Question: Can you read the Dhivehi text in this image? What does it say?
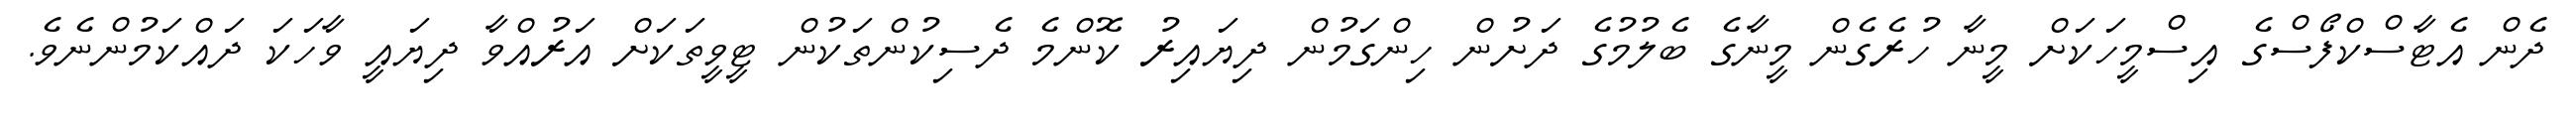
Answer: ދެން އެޓާސްކްފޯސްގެ އިސްމީހަކަށް މީނާ ހުރެގެން މީނާގެ ބެލުމުގެ ދަށުން ހިންގަމުން ދިޔައިރު ކޮންމެ ދެސިކުންތަކުން ޓީވީތަކަށް އަރުއްވާ ދިޔައީ ވާހަކަ ދައްކަމުންނެވެ.